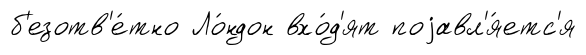
б'езотв'е́тно Ло́ндон вхо́д'ят поjавл'я́етс'я